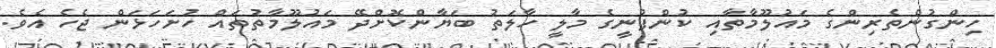
ހިންގުންތެރިންގެ މައުލޫމާތާއި ކުންފުނީގެ މާލީ ހާލަތު ބަޔާންކޮށްދޭ މައުލޫމާތުތައް ހުށަހަޅަން ޖެހެ އެވެ.